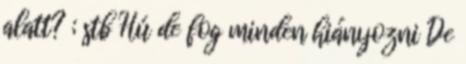
alatt? ; stb Hú de fog minden hiányozni De